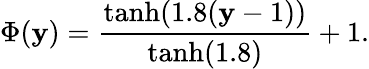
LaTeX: \Phi(\mathbf{y})=\frac{{\mathrm{{tanh}}(1.8(\mathbf{y}-1))}}{{\mathrm{{tanh}}(1.8)}}+1.